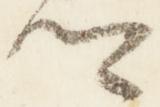
卿